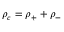
\rho _ { c } = \rho _ { + } + \rho _ { - }